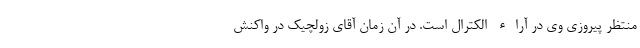
منتظر پیروزی وی در آراء الکترال است. در آن زمان آقای زولچیک در واکنش